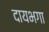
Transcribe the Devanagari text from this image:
दायभगा